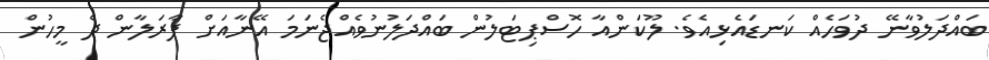
ބައްދަލުވާނޭ ދުވަހެއް ކަނޑައެޅިއެވެ. ލޫކަންއާ ހޮސްޕިޓަލުން ބައްދަލުނުވެއްޖެނަމަ އޭނާއަށް ފާރަލާން ދެ މީހުން